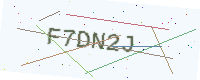
Text: F7DN2J